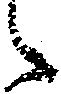
之